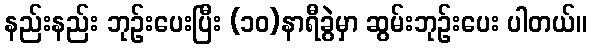
နည်းနည်း ဘုဉ်းပေးပြီး (၁၀)နာရီခွဲမှာ ဆွမ်းဘုဉ်းပေး ပါတယ်။